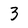
Character: 3